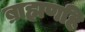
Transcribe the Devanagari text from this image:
ब्राह्मणहि